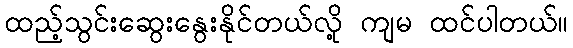
ထည့်သွင်းဆွေးနွေးနိုင်တယ်လို့ ကျမ ထင်ပါတယ်။